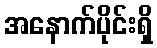
အနောက်ပိုင်းရှိ